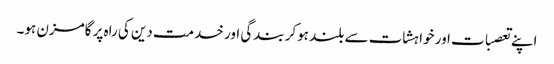
اپنے تعصبات اور خواہشات سے بلند ہوکر بندگی اور خدمت دین کی راہ پر گامزن ہو۔